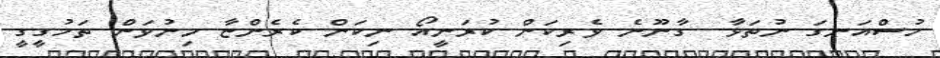
ހުސްއަނގަ ނުތަޅާ  ގާނޫނެ ވެރިކަން ކުރަނީއޯ ނިކަން ކެރެންޏާ މިނުވަން ތަހުގީގީ